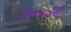
૪૦૦૦ની